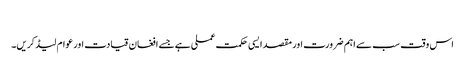
​
اس وقت سب سے اہم ضرورت اور مقصد ایسی حکمت عملی ہے جسے افغان قیادت اور عوام لیڈ کریں۔